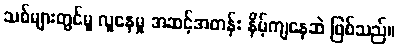
သစ်များတွင်မူ လူနေမှု အဆင့်အတန်း နိမ့်ကျနေဆဲ ဖြစ်သည်။